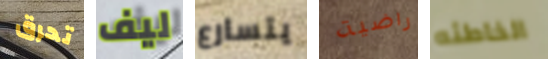
تحرق ليف يتسارع راضية الخاطئه